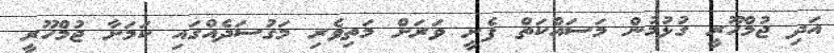
އަދި ޖުމްހޫރީ ގުޅުމުން މަސައްކަތް ފެށީ ވަރަށް މަތިވެރި މަގުސަދެއްގައި ކަމަށާ ޖުމްހޫރީ